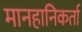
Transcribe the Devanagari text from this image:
मानहानिकर्ता